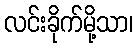
လင်းခိုက်မို့သာ၊